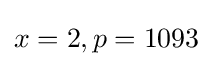
x=2,p=1093